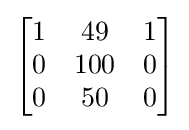
{\begin{bmatrix}1&49&1\\0&100&0\\0&50&0\end{bmatrix}}